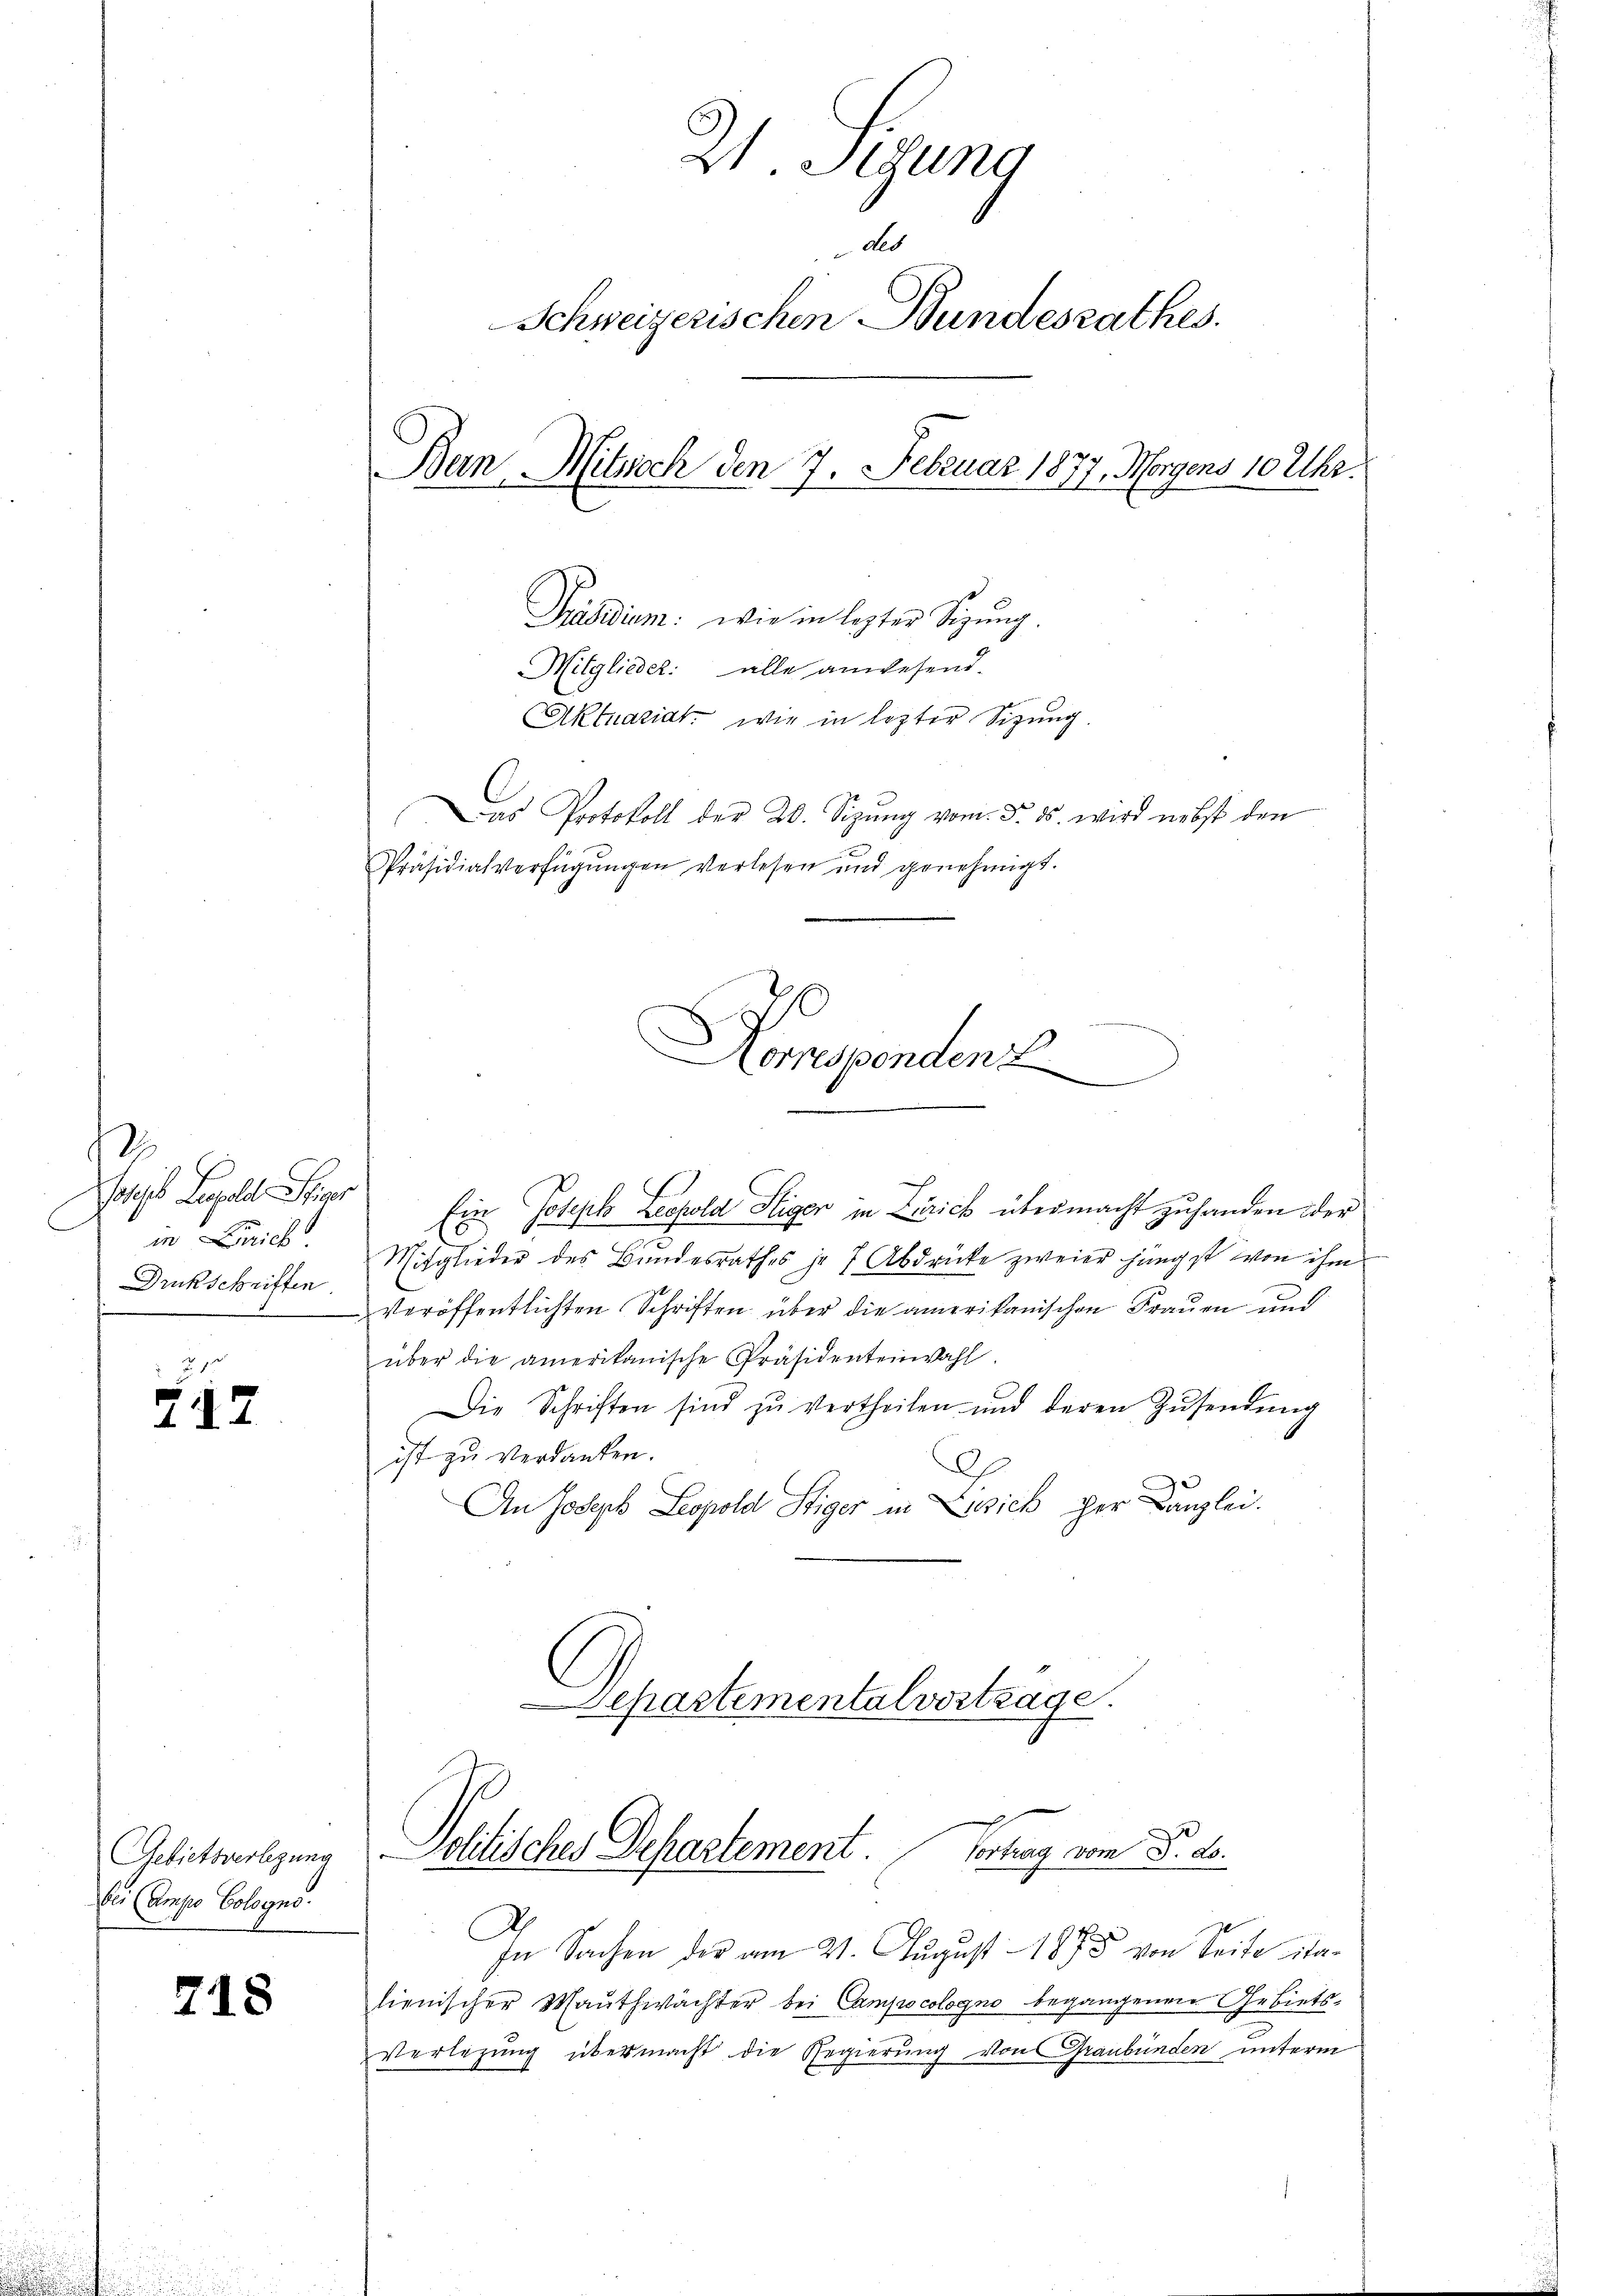
12
gl Leopold Spr
in Zürich
Drukschriften

417

Gebietsverlegung
bei (Ampo Cologno

718

Korpspenden

21. Sigung
des
Schweizerischen Stundesrathes.
Ban Mitwoch den 7. Februar 1877, Morgens 10 Uhr.
Präsidium: wie in lezter Sitzŭng.
Mitglieder: alle anwesend.
Aktuariat wie in lezter Sitzung
Das Protokoll der 20. Sizŭng vom 5. ds. wird nebst den
Präsidialverfügungen verlesen und genehmigt.

Ein Joseph Leopold Stiger in Zürich übermacht zuhanden der
Mitglieder des Bundesrathes je 7 Abdrücke zweier jüngst von ihm
Veröffentlichten Schriften über die amerikanischen Frauen und
über die amerikanische Präsidentenwahl.
Die Schriften sind zu vertheilen und deren Zŭsendung
ist zu verdanken.
O
An Joseph Leopold Stiger in Zusich der Kanzlei.
Separtementalvertrage.
c
Solitisches Departement. Vortrag vom P. ds.
In Sachen der am 21. August 1875 von Seite italienischer Mauthwächter bei Campscologno begangenen Gebiets¬
Verlegung übermacht die Regierung von Graubünden unterm